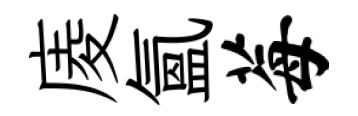
庱氲莓